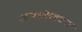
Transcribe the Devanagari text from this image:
कराकैक्टस